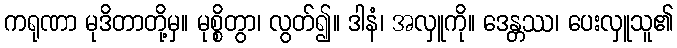
ကရုဏာ မုဒိတာတို့မှ။ မုစ္စိတွာ၊ လွတ်၍။ ဒါနံ၊ အလှူကို။ ဒေန္တဿ၊ ပေးလှူသူ၏